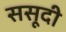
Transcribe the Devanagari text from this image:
ससूदी